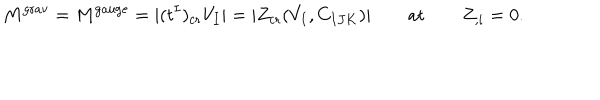
M ^ { \mathrm { g r a v } } = M ^ { \mathrm { g a u g e } } = | ( t ^ { I } ) _ { \mathrm { c r } } V _ { I } | = | Z _ { \mathrm { c r } } ( V _ { I } , C _ { I J K } ) | \qquad \mathrm { a t } \qquad Z _ { , i } = 0 .